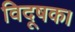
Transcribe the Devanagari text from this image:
विदूषक।